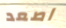
اصعد